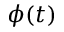
\phi ( t )